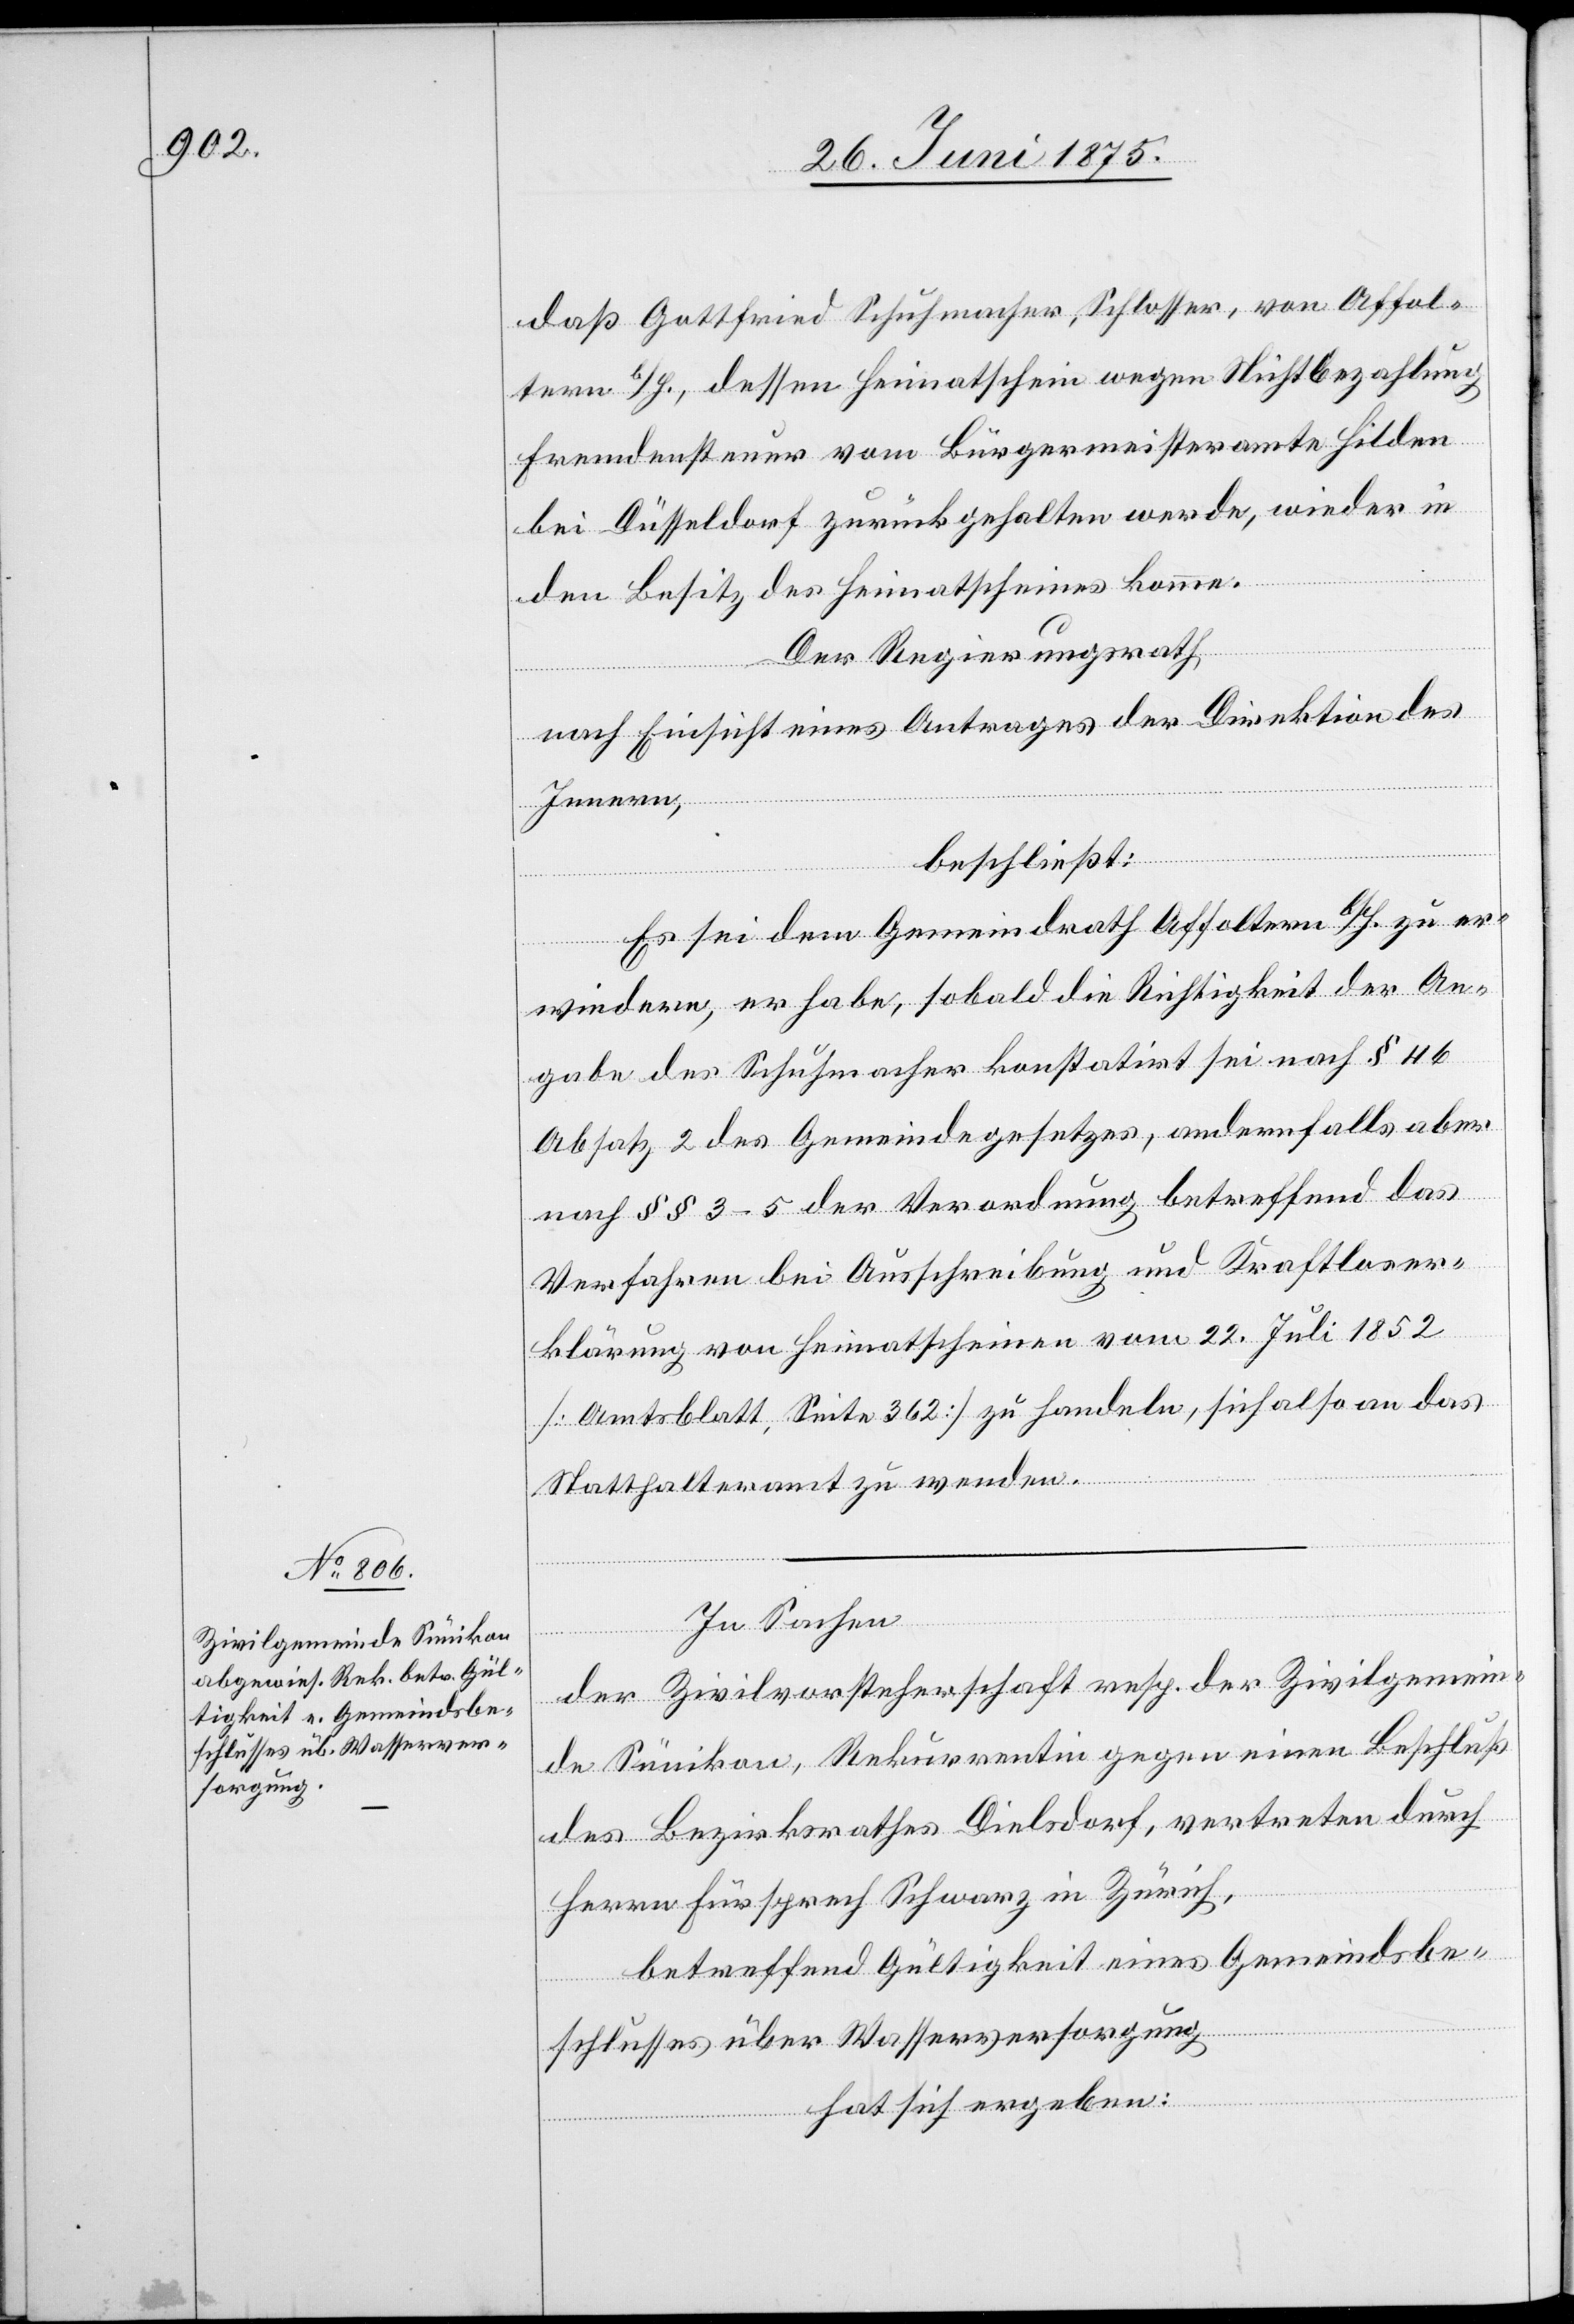
daß Gottfried Schuhmacher, Schlosser, von Affol¬
tern b/H., dessen Heimatschein wegen Nichtbezahlung
Fremdensteuer vom Bürgermeisteramte Hilden
bei Düsseldorf zurückgehalten werde, wieder in
den Besitz des Heimatscheines komme.
Der Regierungsrath,
nach Einsicht eines Antrages der Direktion des
Innern,
beschließt:
Es sei dem Gemeindrath Affoltern b/H. zu er¬
wiedern, er habe, sobald, die Richtigkeit der An¬
gabe des Schuhmacher konstatirt sei, nach § 116
Absatz 2 des Gemeindegesetzes, andernfalls aber
ein¬
nach §§ 3–5 der Verordnung betreffend das
Verfahren bei Ausschreibung und Krafter¬
klärung von Heimatscheinen vom 22. Juli 1852
[Amtsblatt, Seite 362] zu handeln, sich also an das
Statthalteramt zu wenden.
In Sachen
de Sünikon, Rekurrentin gegen einen Beschluß
des Bezirksrathes Dielsdorf, vertreten durch
Herrn Fürsprech Schwarz in Zürich,
betreffend Gültigkeit eines Gemeindsbe¬
schlusses über Wasserversorgung
hat sich ergeben: